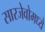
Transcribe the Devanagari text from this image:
सारजेवोमध्ये